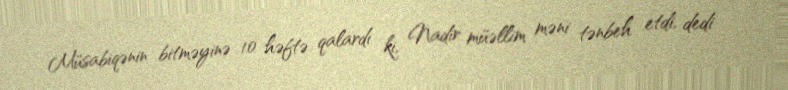
Müsabiqənin bitməyinə 10 həftə qalardı ki, Nadir müəllim məni tənbeh etdi, dedi